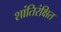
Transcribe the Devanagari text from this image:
शांतिरंक्षित